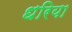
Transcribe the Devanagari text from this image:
धरिया